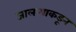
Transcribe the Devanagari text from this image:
जालन्याकडून